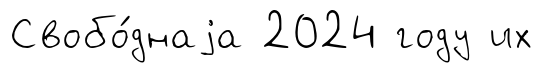
Свобо́днаjа 2024 году их